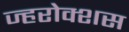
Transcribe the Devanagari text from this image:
ज्हरोक्शस